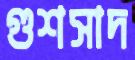
গুশসাদ